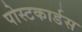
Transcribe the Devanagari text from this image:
पोस्टकार्डस